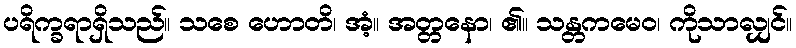
ပရိက္ခရာရှိသည်။ သစေ ဟောတိ၊ အံ့။ အတ္တနော၊ ၏။ သန္တကမေဝ၊ ကိုသာလျှင်။